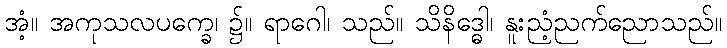
အံ့။ အကုသလပက္ခေ၊ ၌။ ရာဂေါ၊ သည်။ သိနိဒ္ဓေါ၊ နူးညံ့ညက်ညောသည်။